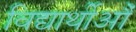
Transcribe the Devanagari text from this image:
विद्यार्थीऔं